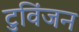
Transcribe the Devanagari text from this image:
टुविंजन